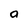
Character: a